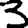
Digit: 3